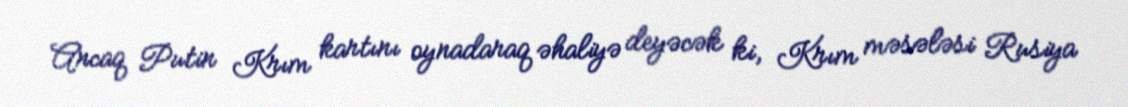
Ancaq Putin Krım kartını oynadaraq əhaliyə deyəcək ki, Krım məsələsi Rusiya